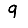
Digit: 9